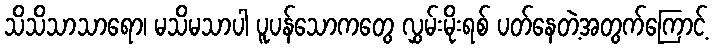
သိသိသာသာရော၊ မသိမသာပါ ပူပန်သောကတွေ လွှမ်းမိုးရစ် ပတ်နေတဲ့အတွက်ကြောင့်